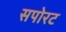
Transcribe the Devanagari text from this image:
सपोरट